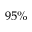
9 5 \%